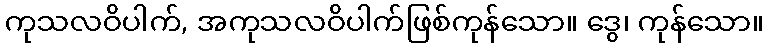
ကုသလဝိပါက်, အကုသလဝိပါက်ဖြစ်ကုန်သော။ ဒွေ၊ ကုန်သော။